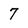
Character: 7